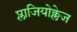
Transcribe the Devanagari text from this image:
प्लाजियोक्लेज